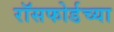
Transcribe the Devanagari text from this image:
रॉसफोर्डच्या